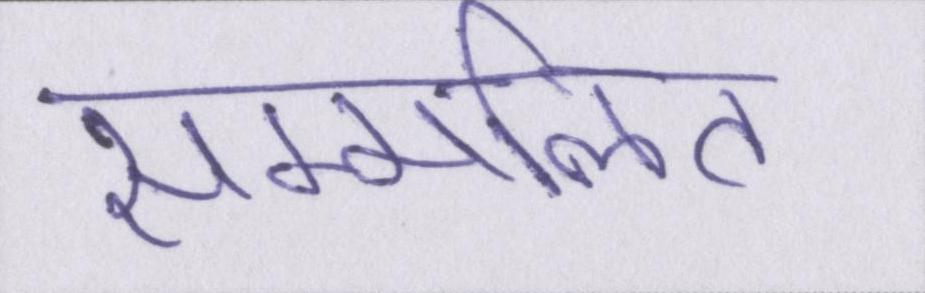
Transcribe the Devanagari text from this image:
सम्मलित